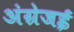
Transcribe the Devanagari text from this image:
अंग्रेजई